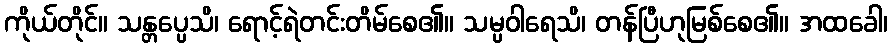
ကိုယ်တိုင်။ သန္တပ္ပေသိ၊ ရောင့်ရဲတင်းတိမ်စေ၏။ သမ္ပဝါရေသိ၊ တန်ပြီဟုမြစ်စေ၏။ အထခေါ၊